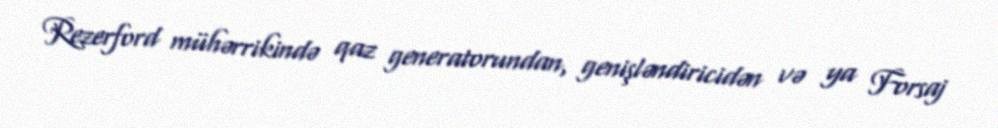
Rezerford mühərrikində qaz generatorundan, genişləndiricidən və ya Forsaj